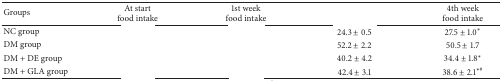
<table><thead><tr><td><b>Groups</b></td><td><b>At startfood intake</b></td><td><b>1st weekfood intake</b></td><td>[EMPTY_CELL]</td><td><b>4th weekfood intake</b></td></tr></thead><tbody><tr><td>NC group</td><td>[EMPTY_CELL]</td><td>[EMPTY_CELL]</td><td>24.3 ± 0.5</td><td>27.5 ± 1.0∗</td></tr><tr><td>DM group</td><td>[EMPTY_CELL]</td><td>[EMPTY_CELL]</td><td>52.2 ± 2.2</td><td>50.5 ± 1.7</td></tr><tr><td>DM + DE group</td><td>[EMPTY_CELL]</td><td>[EMPTY_CELL]</td><td>40.2 ± 4.2</td><td>34.4 ± 1.8∗</td></tr><tr><td>DM + GLA group</td><td>[EMPTY_CELL]</td><td>[EMPTY_CELL]</td><td>42.4 ± 3.1</td><td>38.6 ± 2.1<sup>∗#</sup></td></tr></tbody></table>